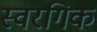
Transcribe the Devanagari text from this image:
स्वरगिक